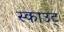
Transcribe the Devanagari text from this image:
स्काउट्